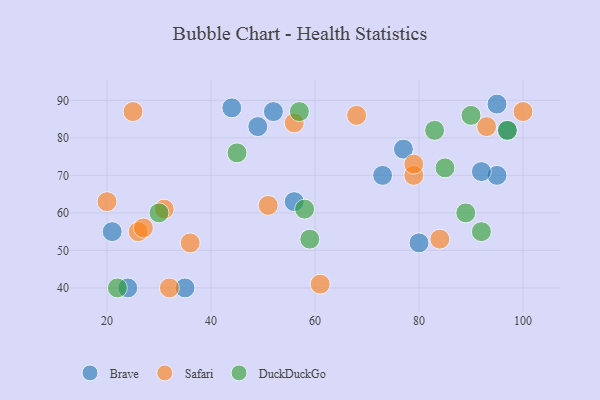
{"axis": {"x": "GDP", "y": "Life Expectancy"}, "legend": ["Brave", "DuckDuckGo", "Safari"], "data": [{"x": "56", "y": 63, "type": "Brave"}, {"x": "49", "y": 83, "type": "Brave"}, {"x": "35", "y": 40, "type": "Brave"}, {"x": "95", "y": 89, "type": "Brave"}, {"x": "97", "y": 82, "type": "Brave"}, {"x": "95", "y": 70, "type": "Brave"}, {"x": "21", "y": 55, "type": "Brave"}, {"x": "92", "y": 71, "type": "Brave"}, {"x": "44", "y": 88, "type": "Brave"}, {"x": "24", "y": 40, "type": "Brave"}, {"x": "52", "y": 87, "type": "Brave"}, {"x": "73", "y": 70, "type": "Brave"}, {"x": "77", "y": 77, "type": "Brave"}, {"x": "80", "y": 52, "type": "Brave"}, {"x": "79", "y": 70, "type": "Safari"}, {"x": "51", "y": 62, "type": "Safari"}, {"x": "20", "y": 63, "type": "Safari"}, {"x": "26", "y": 55, "type": "Safari"}, {"x": "32", "y": 40, "type": "Safari"}, {"x": "36", "y": 52, "type": "Safari"}, {"x": "93", "y": 83, "type": "Safari"}, {"x": "84", "y": 53, "type": "Safari"}, {"x": "68", "y": 86, "type": "Safari"}, {"x": "79", "y": 73, "type": "Safari"}, {"x": "31", "y": 61, "type": "Safari"}, {"x": "61", "y": 41, "type": "Safari"}, {"x": "100", "y": 87, "type": "Safari"}, {"x": "56", "y": 84, "type": "Safari"}, {"x": "25", "y": 87, "type": "Safari"}, {"x": "27", "y": 56, "type": "Safari"}, {"x": "90", "y": 86, "type": "DuckDuckGo"}, {"x": "92", "y": 55, "type": "DuckDuckGo"}, {"x": "83", "y": 82, "type": "DuckDuckGo"}, {"x": "97", "y": 82, "type": "DuckDuckGo"}, {"x": "58", "y": 61, "type": "DuckDuckGo"}, {"x": "85", "y": 72, "type": "DuckDuckGo"}, {"x": "22", "y": 40, "type": "DuckDuckGo"}, {"x": "59", "y": 53, "type": "DuckDuckGo"}, {"x": "45", "y": 76, "type": "DuckDuckGo"}, {"x": "89", "y": 60, "type": "DuckDuckGo"}, {"x": "57", "y": 87, "type": "DuckDuckGo"}, {"x": "30", "y": 60, "type": "DuckDuckGo"}]}